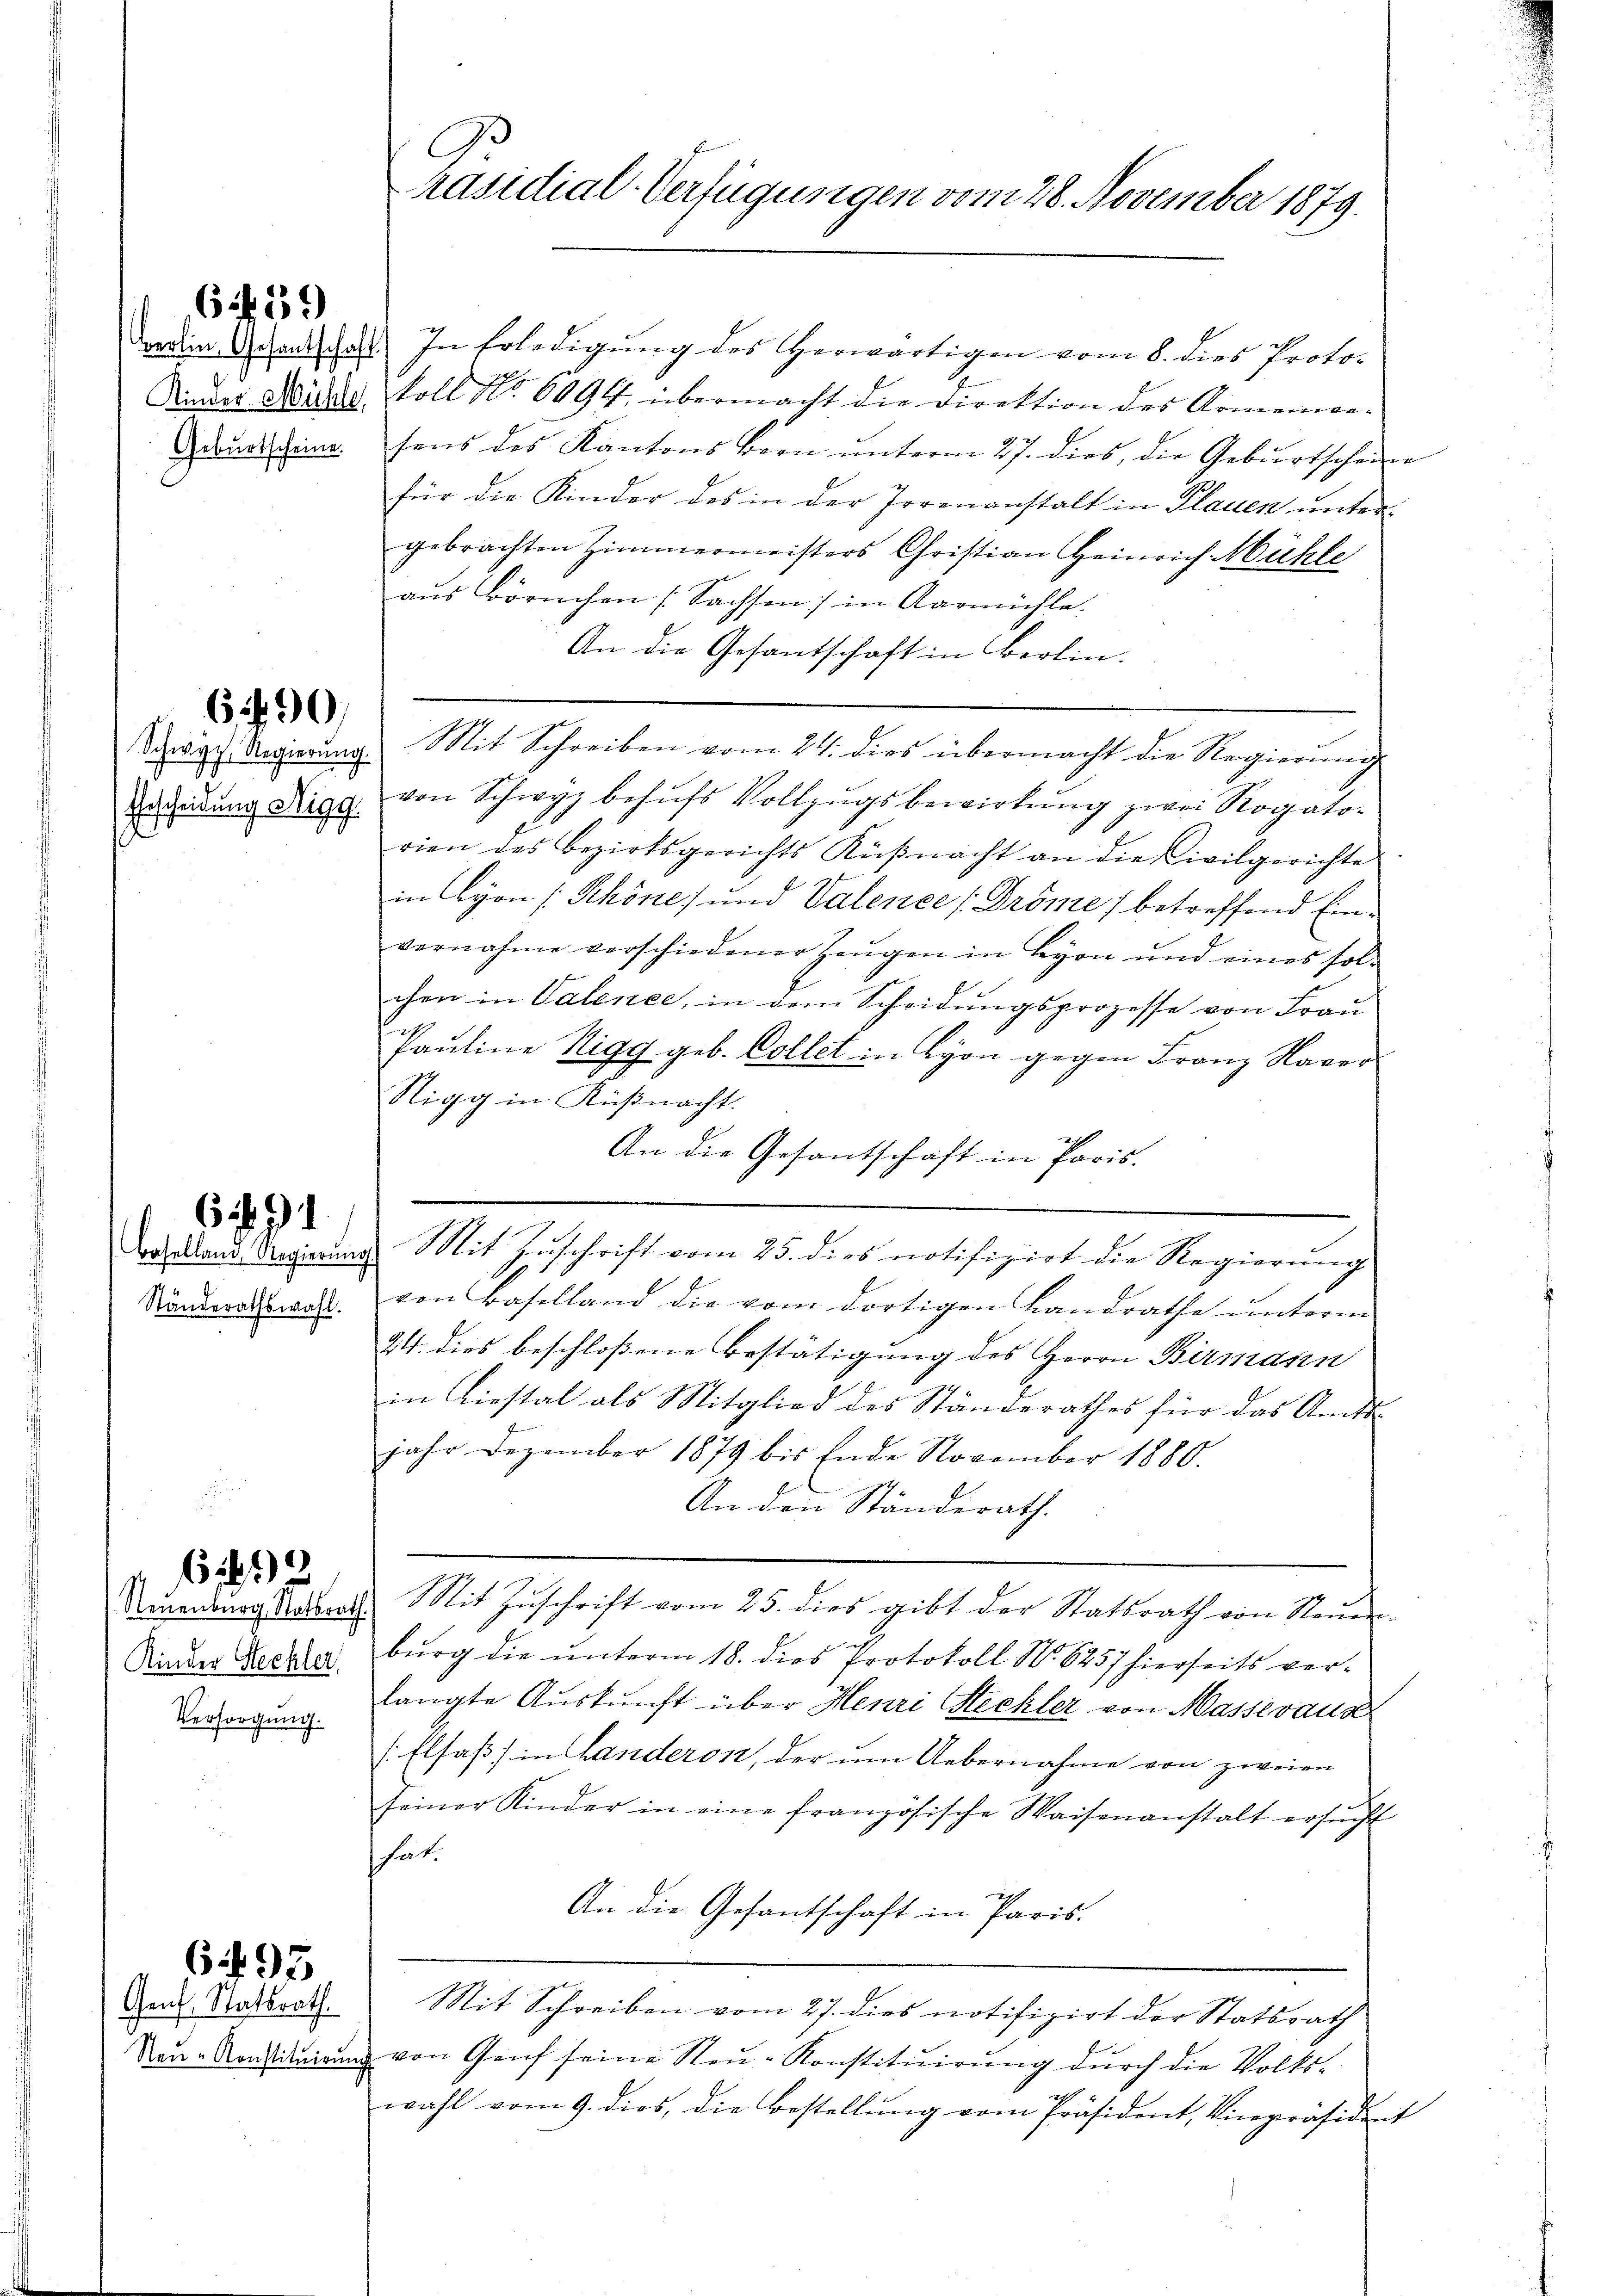
Geburtscheine.

6.439

690

Schwyz, Regierung
Gescheidung Nigg.

Ständerathswahl.

691

Kinder Stechler,
Versorgung.

182

Genf, Statsrath.

697

C
räsidial-Verfügungen vom 28. November 1879.

dedien Gesandtschaft. In Erledigŭng des herwärtigen vom 8. dies Proto¬
Sinder Weite koll No 6094. übermacht die Direktion des Armenwesens des Kantons Bern ŭnterm 27. dies, die Geburtscheine
für die Kinder des in der Irrenanstalt in Plauen untergebrachten Zimmermeisters Christian Heinrich Mühle
aus Börnchen (Sachsen) in Aarmühle.
An die Gesantschaft in Berlin.
Mit Schreiben vom 24. dies übermacht die Regierung
von Schwyz behufs Vollzugsbewirkung zwei Rogatorien des Bezirksgerichts Küßnacht an die Civilgerichte
in Lyon [Rhöne, und Valence (Dröme) betreffend Einvernahme verschiedener Zeŭgen in Lyon und eines sol-
chen in Valene, in dem Scheidungsprozesse von Frau
Pauline Sigg geb. Collet in Lyon gegen Franz Naver
Stigg in Küßnacht.
An die Gesantschaft in Paris.
Wand Regierung Mit Zuschrift vom 25. dies notifizirt die Regierung
von Baselland die vom dortigen Landrathe unterm
24. dies beschloßene Bestätigung des Herrn Birmann
in Liestal als Mitglied des Ständerathes für das Amts-
jahr Dezember 1879 bis Ende November 1880.
An den Ständerath.
Neuenburg Ratsrath. Mit Zŭschrift vom 25. dies gibt der Statsrath von Steŭer-
burg die unterm 18. dies Protokoll No. 6257 hierseits verlangte Auskunft über Henri Stechler von Masseraus
(Elsaß) in Landeron, der um Uebernahme von zweien
seiner Kinder in eine französische Waisenanstalt ersŭcht
hat.
An die Gesantschaft in Paris.
Mit Schreiben vom 27. dies notifizirt der Statsrath
Neu-Anstituirung von Genf seine Neu-Konstituirung durch die Volks-
wahl vom 9. dies, die Bestellung vom Präsident, Vicepräsident